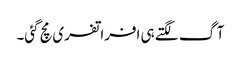
آگ لگتے ہی افراتفری مچ گئی۔